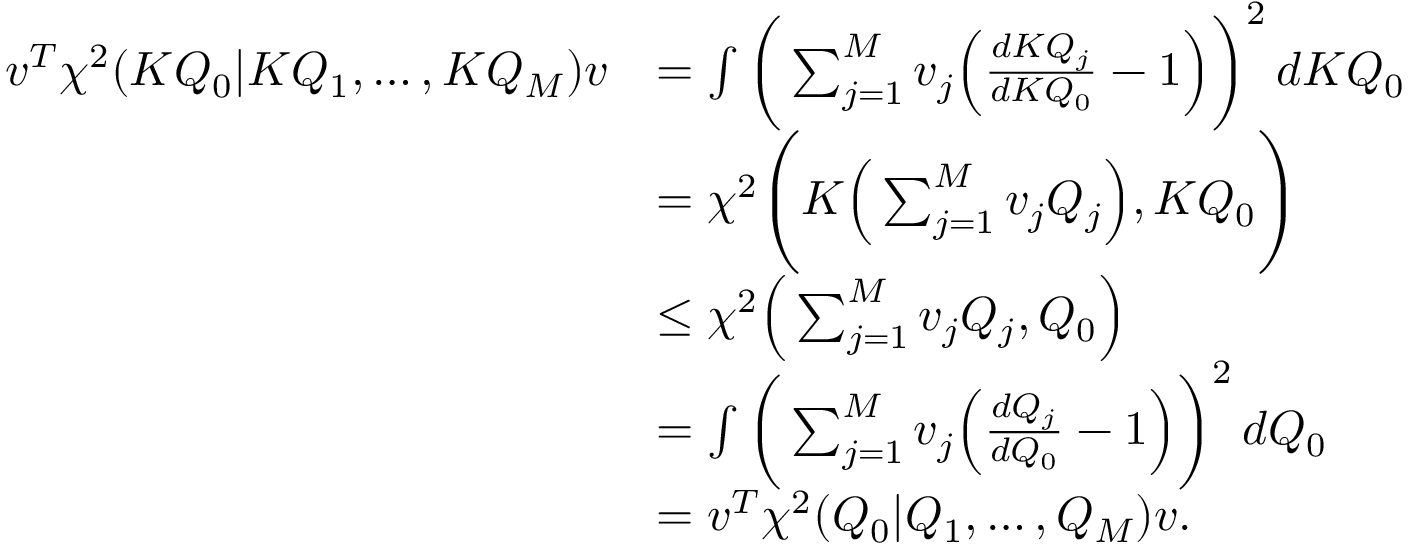
\begin{array} { r l } { v ^ { T } \chi ^ { 2 } ( K Q _ { 0 } | K Q _ { 1 } , \dots , K Q _ { M } ) v } & { = \int \bigg ( \sum _ { j = 1 } ^ { M } v _ { j } \Big ( \frac { d K Q _ { j } } { d K Q _ { 0 } } - 1 \Big ) \bigg ) ^ { 2 } \, d K Q _ { 0 } } \\ & { = \chi ^ { 2 } \Bigg ( K \Big ( \sum _ { j = 1 } ^ { M } v _ { j } Q _ { j } \Big ) , K Q _ { 0 } \Bigg ) } \\ & { \leq \chi ^ { 2 } \Big ( \sum _ { j = 1 } ^ { M } v _ { j } Q _ { j } , Q _ { 0 } \Big ) } \\ & { = \int \bigg ( \sum _ { j = 1 } ^ { M } v _ { j } \Big ( \frac { d Q _ { j } } { d Q _ { 0 } } - 1 \Big ) \bigg ) ^ { 2 } \, d Q _ { 0 } } \\ & { = v ^ { T } \chi ^ { 2 } ( Q _ { 0 } | Q _ { 1 } , \dots , Q _ { M } ) v . } \end{array}